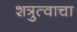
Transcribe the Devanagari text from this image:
शत्रुत्वाचा